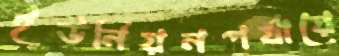
ইউনিয়নপর্যায়ে